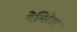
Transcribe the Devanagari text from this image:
देमिरेल